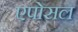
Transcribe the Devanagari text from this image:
एपोसल